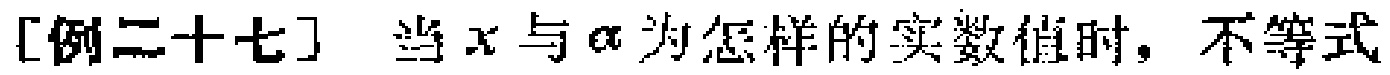
[例二十七] 当\(x\)与\(\alpha\)为怎样的实数值时，不等式